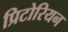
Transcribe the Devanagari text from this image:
प्रिटोरियन